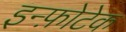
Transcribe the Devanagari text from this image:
इन्फ़ोटेक